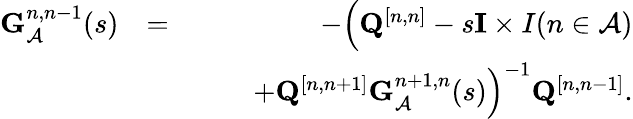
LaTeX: \begin{array}{rlr}{{\mathbf G}_{\mathcal{A}}^{n,n-1}(s)}&{=}&{-\Big({\mathbf Q}^{[n,n]}-s{\mathbf I}\times I(n\in\mathcal{A})}\\ &{}&{\quad\quad+{\mathbf Q}^{[n,n+1]}{\mathbf G}_{\mathcal{A}}^{n+1,n}(s)\Big)^{-1}{\mathbf Q}^{[n,n-1]}.}\end{array}